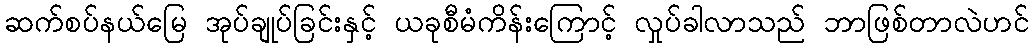
ဆက်စပ်နယ်မြေ အုပ်ချုပ်ခြင်းနှင့် ယခုစီမံကိန်းကြောင့် လှုပ်ခါလာသည် ဘာဖြစ်တာလဲဟင်